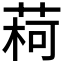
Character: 𫈥